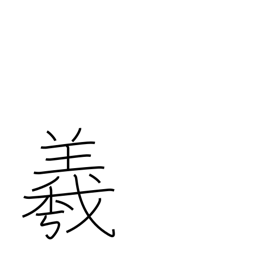
Meaning: used in proper names